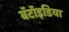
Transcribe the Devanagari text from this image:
बॅटॉइडिया